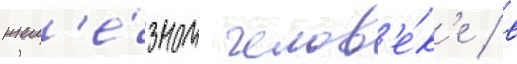
жел'е́зном челов'е́к'е / в